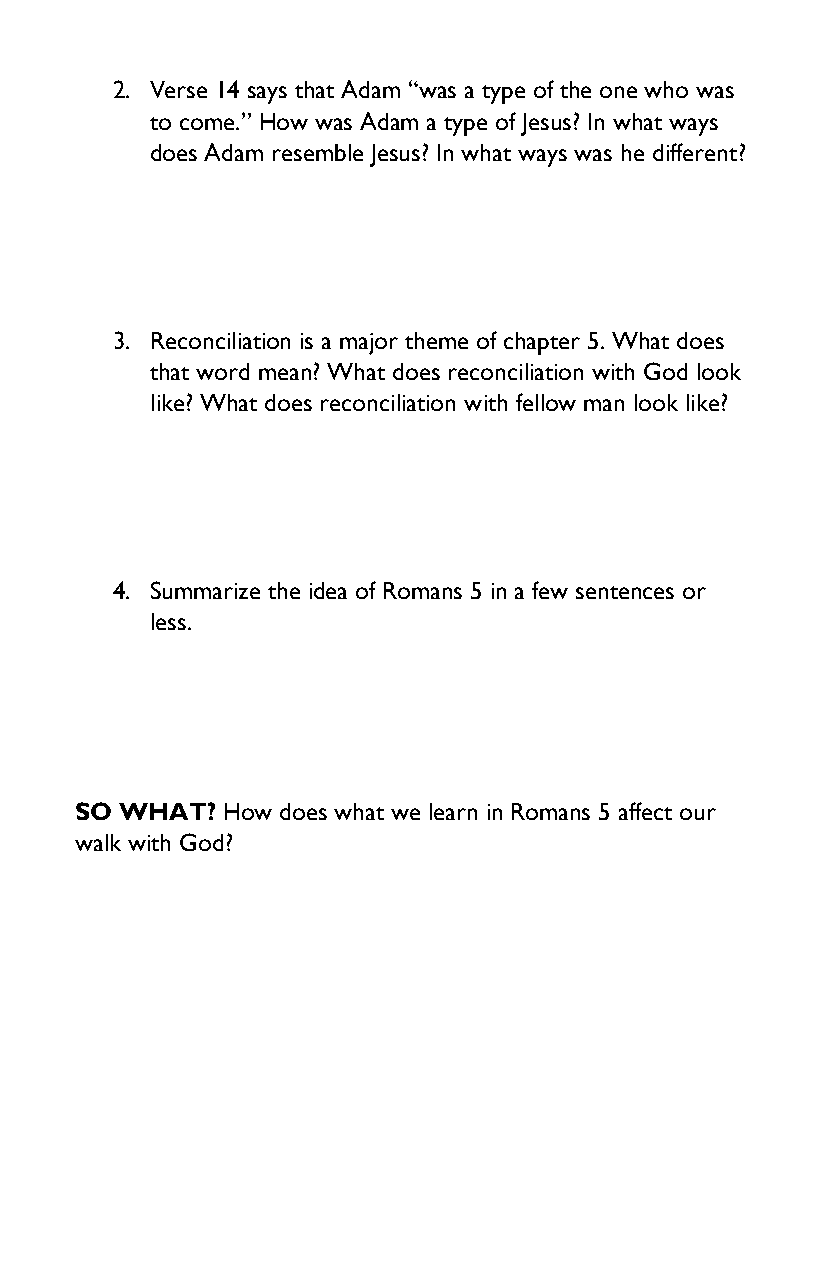
2. Verse 14 says that Adam “was a type of the one who was
 to come.” How was Adam a type of Jesus? In what ways
 does Adam resemble Jesus? In what ways was he different?
 3. Reconciliation is a major theme of chapter 5. What does
 that word mean? What does reconciliation with God look
 like? What does reconciliation with fellow man look like?
 4. Summarize the idea of Romans 5 in a few sentences or
 less.
 SO WHAT?  How does what we learn in Romans 5 affect our
 walk with God?